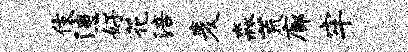
伎漶好花涪麦淼荒廊牢